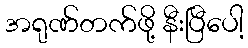
အရုဏ်တက်ဖို့ နီးပြီပေါ့